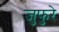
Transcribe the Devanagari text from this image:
जुफुरे